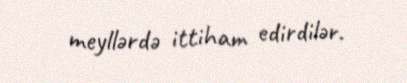
meyllərdə ittiham edirdilər.